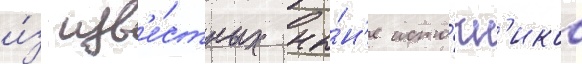
и́з изв'е́стных ны́н'е исто́чн'иков